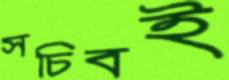
সচিবই